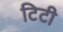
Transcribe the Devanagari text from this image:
टिटी